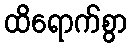
ထိရောက်စွာ